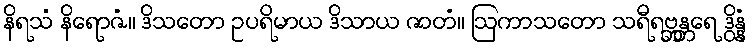
နိရသံ နိရောဇံ။ ဒိသတော ဥပရိမာယ ဒိသာယ ဇာတံ။ ဩကာသတော သရီရဗ္ဘန္တရေ ဒွိန္နံ